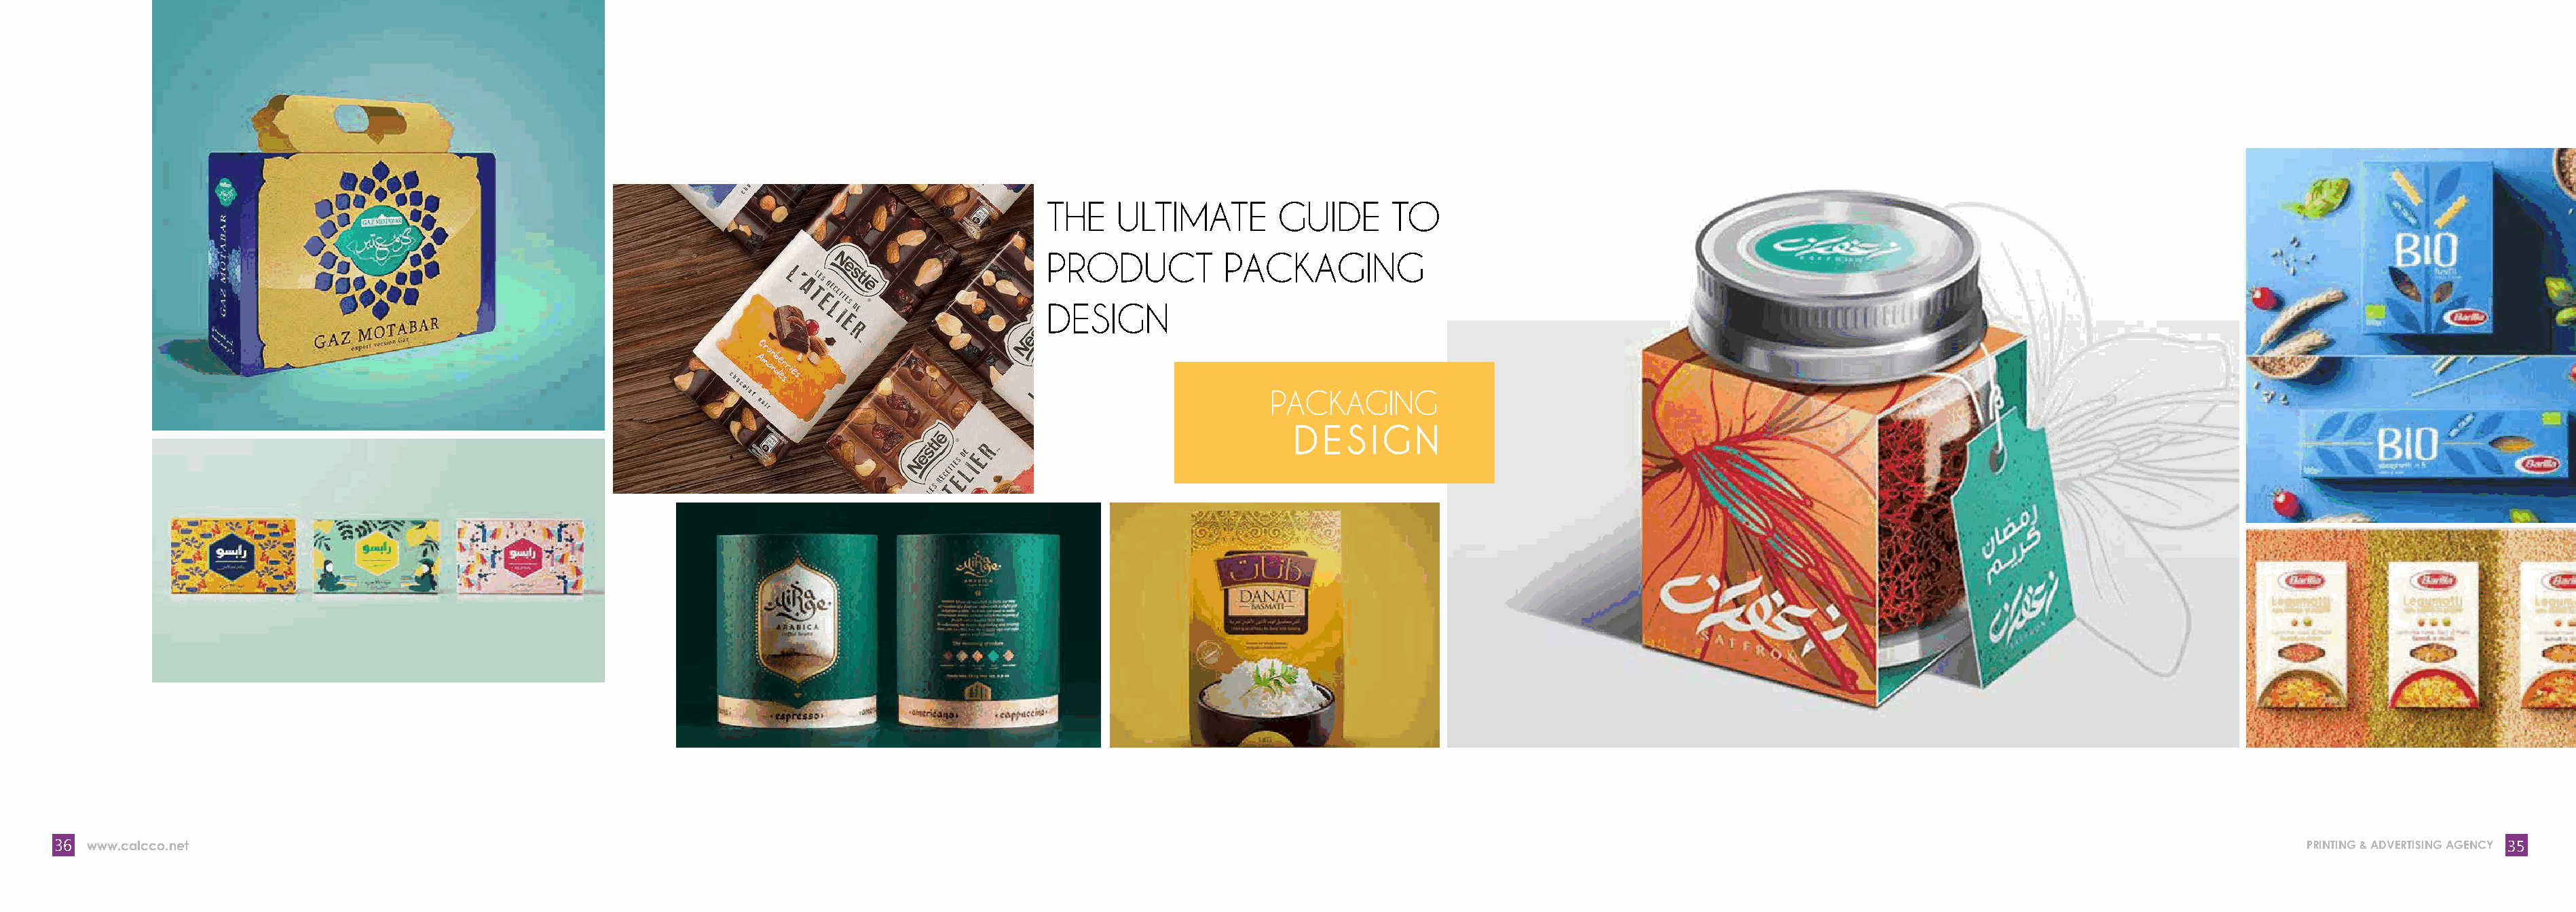
THE    ULTIMATE        GUIDE      TO
 PRODUCT          PACKAGING
 DESIGN
 PACKAGING
 DESIG       N
 36 www.calcco.net                                                                                                                                                                                                           PRINTING & ADVERTISING AGENCY 35